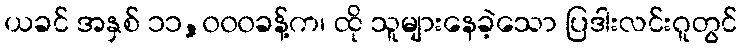
ယခင် အနှစ် ၁၁,၀၀၀ခန့်က၊ ထို သူများနေခဲ့သော ပြဒါးလင်းဂူတွင်